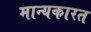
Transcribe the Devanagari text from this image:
मान्यकारत